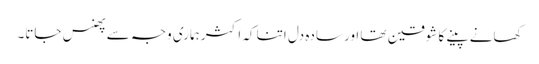
کھانے پینے کا شوقین تھا اور سادہ دل اتنا کہ اکثر ہماری وجہ سے پھنس جاتا۔